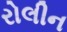
રોલીન